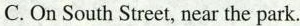
C. On South Street, near the park.